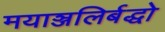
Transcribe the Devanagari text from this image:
मयाञ्जलिर्बद्धो